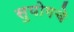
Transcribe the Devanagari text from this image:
सुयोगचे